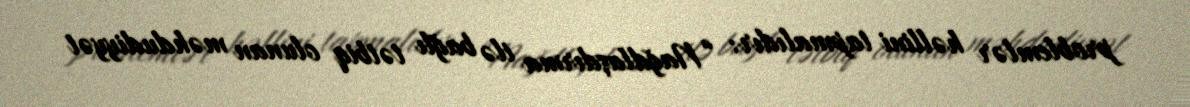
problemlər həllini tapmalıdır: “Nağdlaşdırma ilə bağlı tətbiq olunan məhdudiyyət